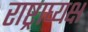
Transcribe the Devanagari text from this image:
राष्ट्राघ्यक्ष